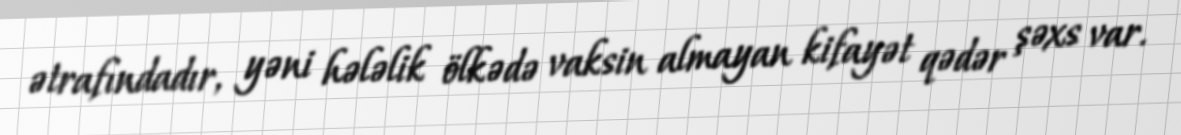
ətrafındadır, yəni hələlik ölkədə vaksin almayan kifayət qədər şəxs var.